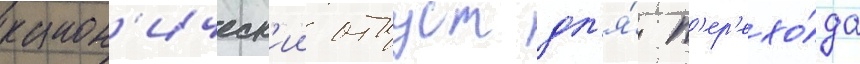
канон'ическ'ии отпуст дл'я́ п'ер'ехо́да